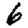
Digit: 6